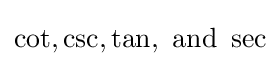
\cot ,\csc ,\tan ,{\text{ and }}\sec